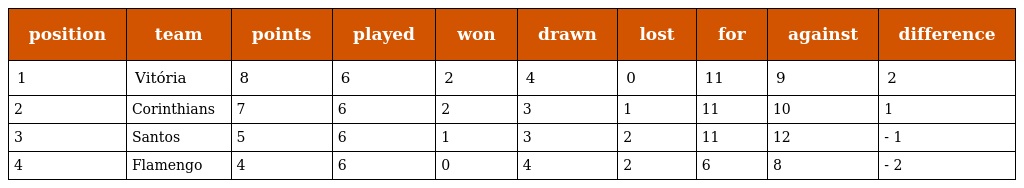
| position | team | points | played | won | drawn | lost | for | against | difference |
 | --- | --- | --- | --- | --- | --- | --- | --- | --- | --- |
 | 1 | Vitória | 8 | 6 | 2 | 4 | 0 | 11 | 9 | 2 |
 | 2 | Corinthians | 7 | 6 | 2 | 3 | 1 | 11 | 10 | 1 |
 | 3 | Santos | 5 | 6 | 1 | 3 | 2 | 11 | 12 | - 1 |
 | 4 | Flamengo | 4 | 6 | 0 | 4 | 2 | 6 | 8 | - 2 |